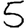
Digit: 5